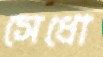
সেধো